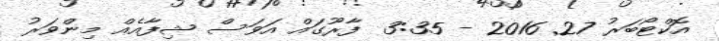
އޮކްޓޯބަރު 27